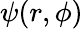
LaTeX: \psi(r,\phi)